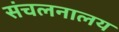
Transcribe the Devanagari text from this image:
संचलनालय